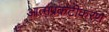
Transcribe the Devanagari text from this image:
आत्मप्रकटीकरण